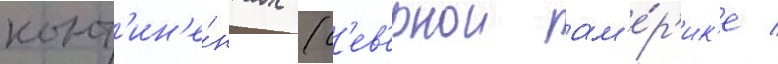
конт'ин'е́нтах (с'ев'ернои ам'е́р'ик'е /